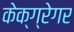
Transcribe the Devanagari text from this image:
केक्ग्रेगर